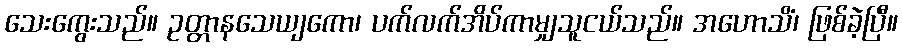
သေးကွေးသည်။ ဥတ္တာနသေယျကော၊ ပက်လက်အိပ်ကာမျှသူငယ်သည်။ အဟောသိံ၊ ဖြစ်ခဲ့ပြီ။